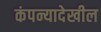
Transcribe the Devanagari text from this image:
कंपन्यादेखील